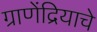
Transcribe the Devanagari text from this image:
ग्राणेंद्रियाचे